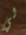
لي